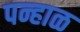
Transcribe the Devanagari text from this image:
पन्हाळ